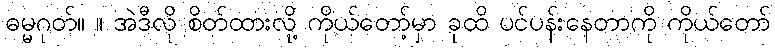
ဓမ္မဂုတ်။ ။ အဲဒီလို စိတ်ထားလို့ ကိုယ်တော့်မှာ ခုထိ ပင်ပန်းနေတာကို ကိုယ်တော်